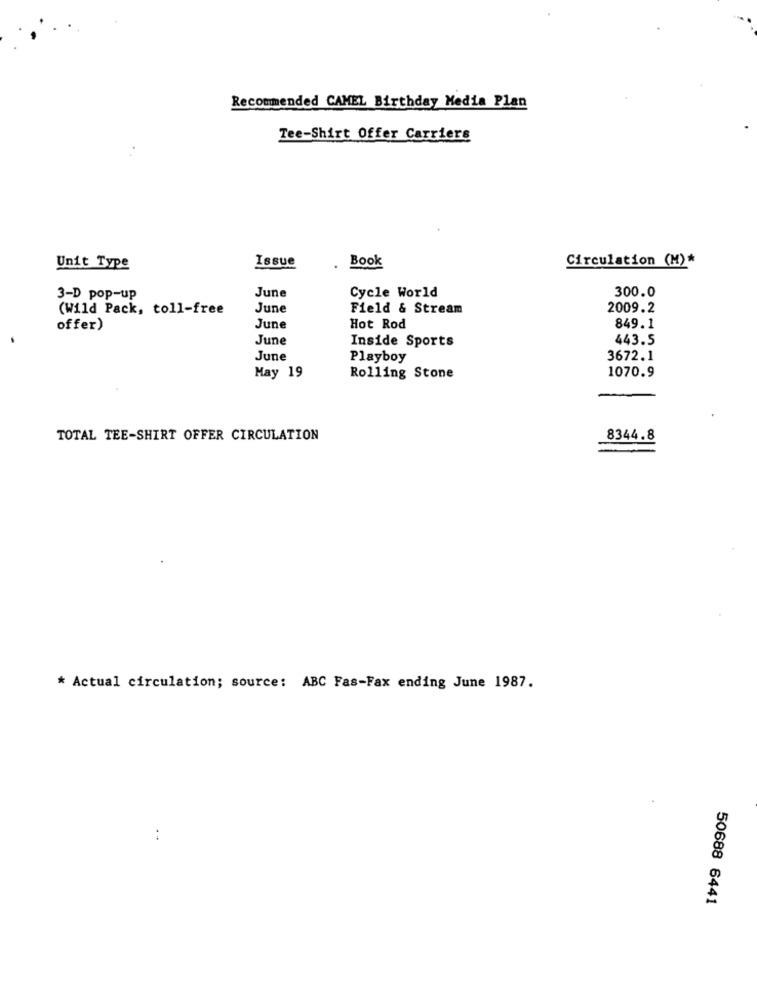
Recommended CAMEL Birthday Media Plan
Tee-Shirt Offer Carriers
Issue
Circulation (M)*
Unit Type
Book
3-D pop-up
June
Cycle World
300.0
(Wild Pack, toll-free
June
Field & Stream
2009.2
offer)
June
Hot Rod
849.1
June
Inside Sports
443.5
June
Playboy
3672.1
May 19
Rolling Stone
1070.9
TOTAL TEE-SHIRT OFFER CIRCULATION
8344.8
* Actual circulation; source: ABC Fas-Fax ending June 1987.
..
50688 6441